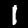
Label: 1